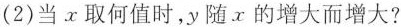
(2)当x取何值时，y随x的增大而增大?